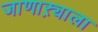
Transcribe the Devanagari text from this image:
जाणाऱ्याला